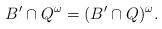
LaTeX: \begin{align*} B'\cap Q^\omega = (B'\cap Q)^\omega.\end{align*}